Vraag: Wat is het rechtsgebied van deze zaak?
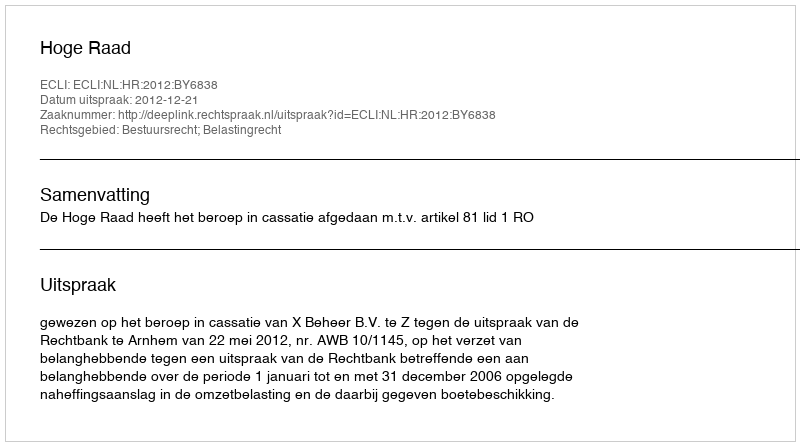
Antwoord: Bestuursrecht; Belastingrecht